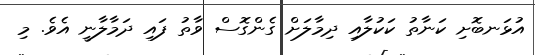
އުޅަނބޮށި ކަނާތު ކަކުލާއި ދިމާލަށް ގެންގޮސް ވާތު ފައި ދަމާލާނީ އެވެ. މި